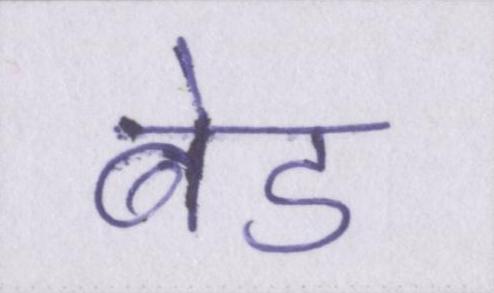
बेड